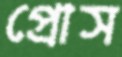
প্রোস